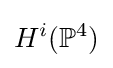
H^{i}(\mathbb {P} ^{4})